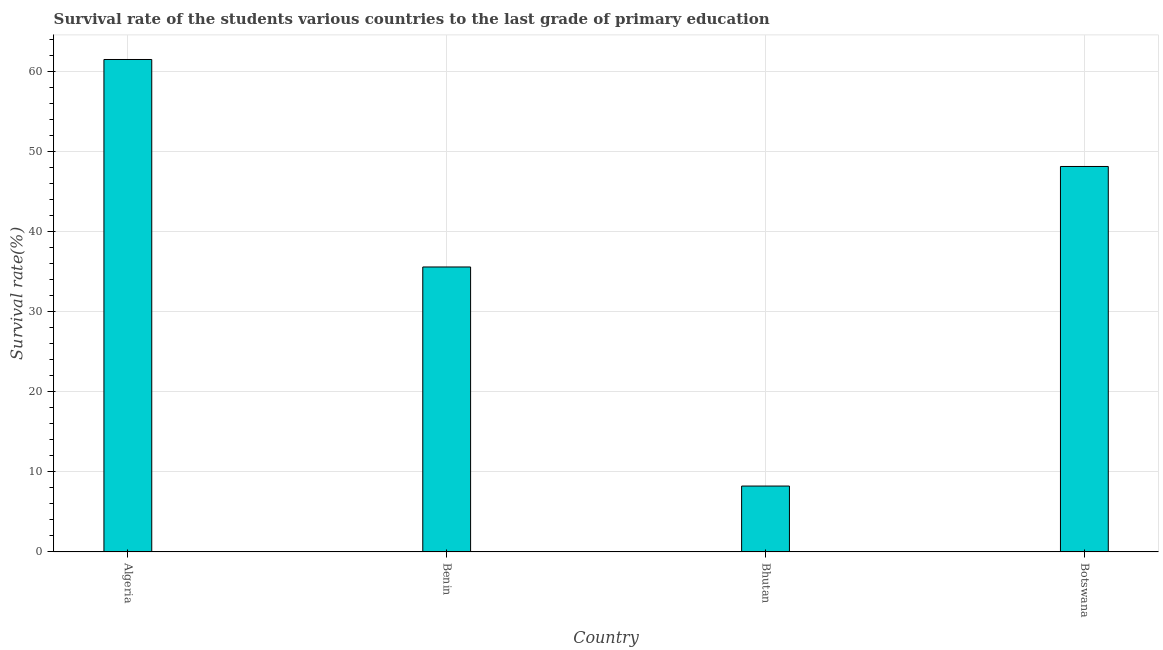
| Country | Primary Education |
 | --- | --- |
 | Algeria | 61.5 |
 | Benin | 35.6 |
 | Bhutan | 8.22 |
 | Botswana | 48.1 |